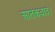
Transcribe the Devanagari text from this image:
आतंकवाद।